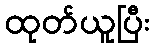
ထုတ်ယူပြီး